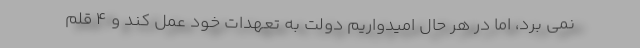
نمی برد، اما در هر حال امیدواریم دولت به تعهدات خود عمل کند و ۴ قلم